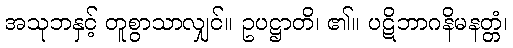
အသုဘနှင့် တူစွာသာလျှင်။ ဥပဋ္ဌာတိ၊ ၏။ ပဋိဘာဂနိမနတ္တံ၊